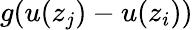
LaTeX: g(u(z_{j})-u(z_{i}))